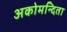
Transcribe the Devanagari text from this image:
अकोमन्दिता